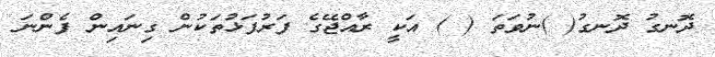
ދޮނގު ދޮނގު( )ނުވަތަ ( ) އަކީ ރާއްޖޭގެ ފަރުފަޅުތަކުން ގިނައިން ފެންނަ